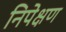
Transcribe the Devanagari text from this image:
निपेक्षण